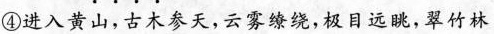
④进入黄山，古木参天，云雾缭绕，极目远眺，翠竹林